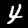
Label: 4